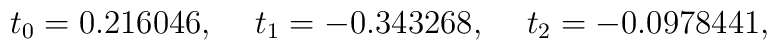
t_0=0.216046,\hspace{5mm}t_1=-0.343268,\hspace{5mm}t_2=-0.0978441,